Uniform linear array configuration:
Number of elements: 4
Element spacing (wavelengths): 0.75
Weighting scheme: cosine
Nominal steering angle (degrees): -15
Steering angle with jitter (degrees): -13.318
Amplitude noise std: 0.05
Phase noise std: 0.05

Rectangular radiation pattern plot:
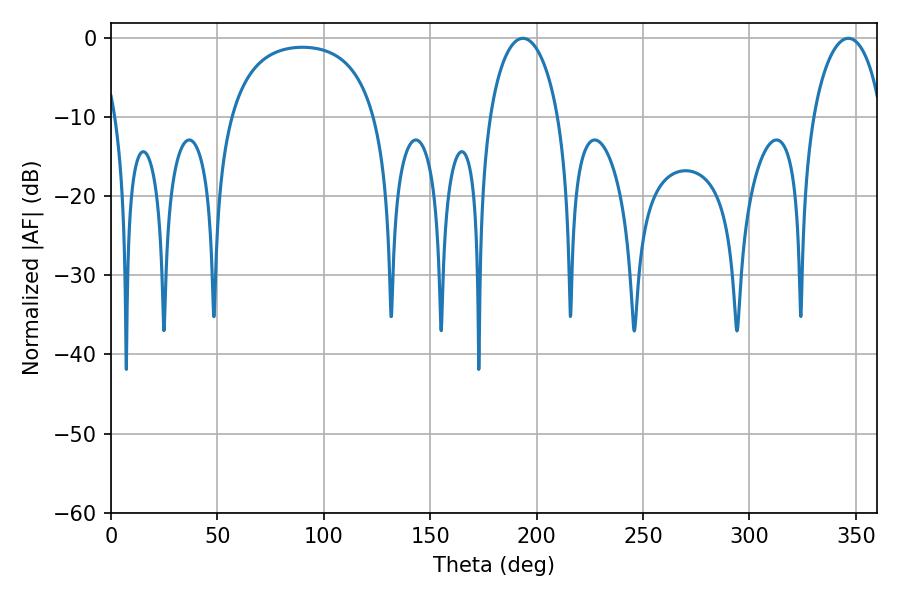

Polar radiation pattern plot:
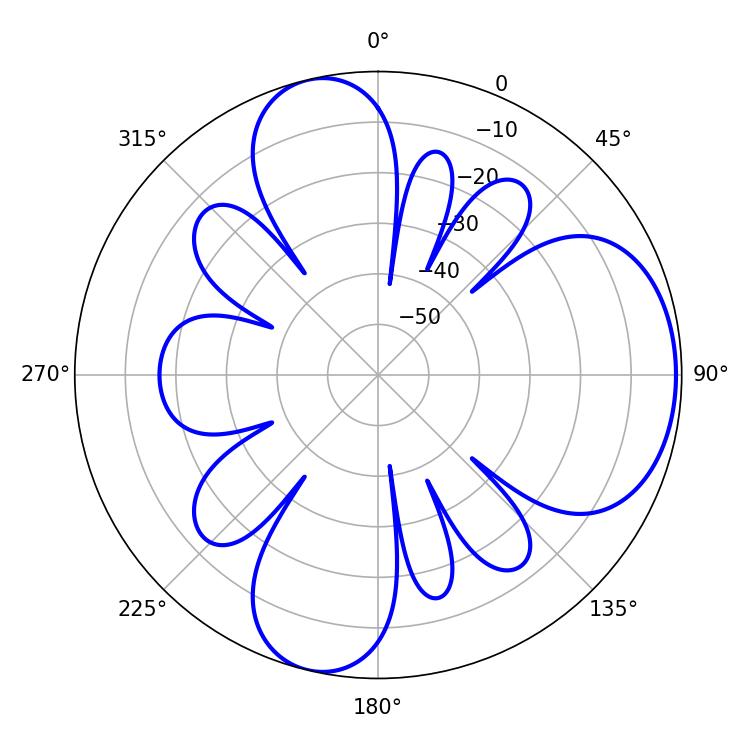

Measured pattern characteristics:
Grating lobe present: TRUE
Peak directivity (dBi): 6.748
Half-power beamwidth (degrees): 18.54
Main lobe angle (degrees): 193.5